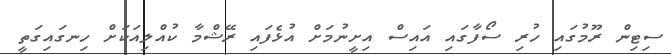
ސިޓިން ރޫމުގައި ހުރި ސޯފާގައި އައިސް އިށީނުމަށް އުޅެފައި ރޭޝްމާ ކުއްލިއަކަށް ހިނގައިގަތީ